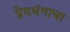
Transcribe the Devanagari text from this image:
प्रेमभंगाचा